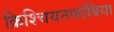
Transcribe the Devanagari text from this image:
क्रिश्चियनफोबिया